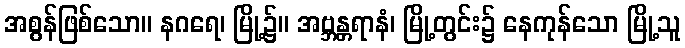
အစွန်ဖြစ်သော။ နဂရေ၊ မြို့၌။ အဗ္ဘန္တရာနံ၊ မြို့တွင်း၌ နေကုန်သော မြို့သူ